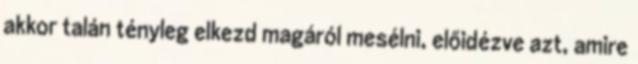
akkor talán tényleg elkezd magáról mesélni, előidézve azt, amire